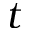
t